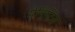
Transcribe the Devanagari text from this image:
मेनिंग्टिस